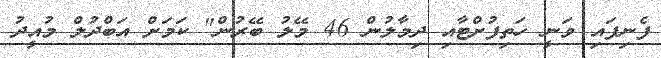
ފެނިފައި ވަނީ ހަތިފުށްޓާއި ދިމާލުން 46 މޭލު ބޭރުން" ކަަމަށް އަބްދުލް މުއީދު